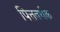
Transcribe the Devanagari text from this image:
पित्तवर्धक